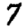
Digit: 7